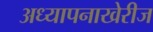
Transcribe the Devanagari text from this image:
अध्यापनाखेरीज